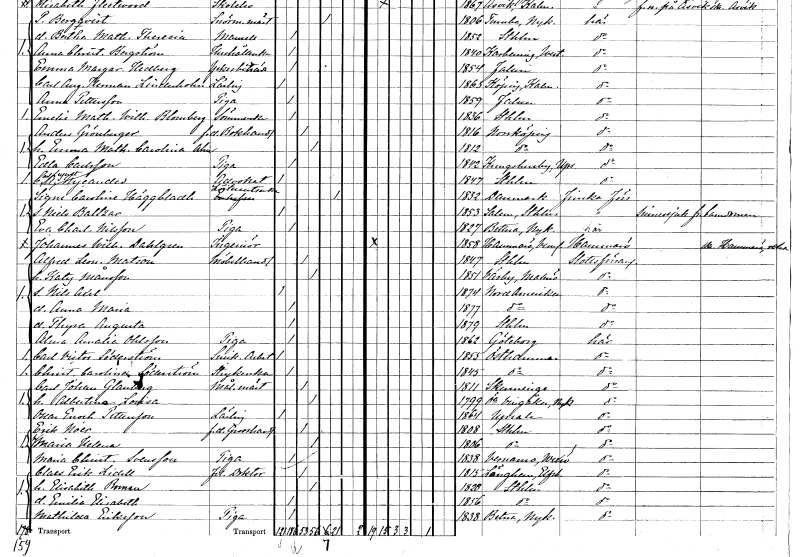
gt_parse: households: individuals: FN: Anders
EN: Grönberger
YRKE: Bokhandlare f.d.
KON: M
CIV: G
FODAR: 1816
FODFORS: Norrköping Östergötlands län
FN: Emma Mathilda Carolina
EN: Alm
KON: K
CIV: G
FODAR: 1812
FODFORS: Norrköping Östergötlands län
FN: Edla
EN: Carlsson
YRKE: Piga
KON: K
CIV: O
FODAR: 1842
FODFORS: Kungs-Husby Uppsala län
FN: Carl August
EN: Nycander
YRKE: Advokat
KON: M
CIV: O
FODAR: 1847
FODFORS: Stockholm
FN: Signe Carolina
EN: Häggbladh
YRKE: Löjtnantsänka
KON: K
CIV: E
FODAR: 1832
FN: Nils Baltzar
KON: M
CIV: O
FODAR: 1853
FODFORS: Salem Stockholms län
FN: Eva Charlotta
EN: Nilsson
YRKE: Piga
KON: K
CIV: O
FODAR: 1827
FODFORS: Bettna Södermanlands län
FN: Johannes Wilhelm
EN: Dahlgren
YRKE: Ingenjör
KON: M
CIV: O
FODAR: 1858
FODFORS: Hammarö Värmlands län
FN: Alfred Leonard
EN: Matson
YRKE: Möbelhandlare
KON: M
CIV: G
FODAR: 1847
FODFORS: Stockholm
FN: Katy
EN: Månsson
KON: K
CIV: G
FODAR: 1851
FODFORS: Väsby Malmöhus län
FN: Nils Axel
KON: M
CIV: O
FODAR: 1874
FN: Anna Maria
KON: K
CIV: O
FODAR: 1877
FN: Thyra Augusta
KON: K
CIV: O
FODAR: 1879
FODFORS: Stockholm
FN: Alma Amalie
EN: Ohlsson
YRKE: Piga
KON: K
CIV: O
FODAR: 1862
FODFORS: Göteborg Göteborgs- och Bohuslän
FN: Carl Victor
EN: Söderström
YRKE: Snickeriarbetare
KON: M
CIV: O
FODAR: 1855
FODFORS: Östhammar Uppsala län
FN: Christina Carolina
EN: Söderström
YRKE: Strykerska
KON: K
CIV: O
FODAR: 1845
FODFORS: Östhammar Uppsala län
FN: Carl Johan
EN: Glanberg
YRKE: Målarmästare
KON: M
CIV: G
FODAR: 1811
FODFORS: Skänninge Östergötlands län
FN: Albertina Lovisa
KON: K
CIV: G
FODAR: 1799
FODFORS: Östra Vingåker Södermanlands län
FN: Oscar Enoch
EN: Petterson
YRKE: Lärling
KON: M
CIV: O
FODAR: 1864
FODFORS: Uppsala Uppsala län
FN: Erik
EN: Noer
YRKE: Grosshandlare f.d.
KON: M
CIV: G
FODAR: 1808
FODFORS: Stockholm
FN: Maria Helena
KON: K
CIV: G
FODAR: 1806
FODFORS: Stockholm
FN: Maria Christina
EN: Svensson
YRKE: Piga
KON: K
CIV: O
FODAR: 1838
FODFORS: Värnamo Jönköpings län
FN: Claes Erik
EN: Lidell
YRKE: Fil. doktor
KON: M
CIV: G
FODAR: 1815
FODFORS: Länghem Älvsborgs län
FN: Elisabeth
EN: Boman
KON: K
CIV: G
FODAR: 1828
FODFORS: Stockholm
FN: Emilia Elisabeth
KON: K
CIV: O
FODAR: 1856
FODFORS: Stockholm
FN: Mathilda
EN: Eriksson
YRKE: Piga
KON: K
CIV: O
FODAR: 1838
FODFORS: Bettna Södermanlands län